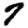
Digit: 7